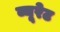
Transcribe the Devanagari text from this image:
व्यूरेट